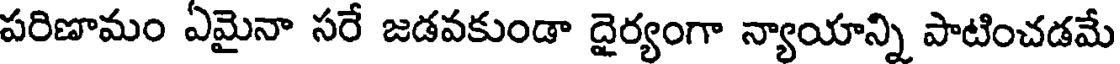
పరిణామం ఏమైనా సరే జడవకుండా దైర్యంగా న్యాయాన్ని పాటించడమే